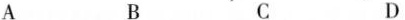
A B C D